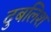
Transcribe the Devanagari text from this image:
दुबलिश